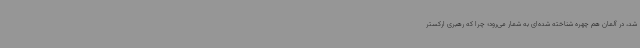
شد، در آلمان هم چهره شناخته شده‌ای به شمار می‌رود؛ چرا که رهبری ارکستر